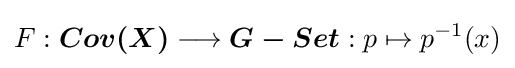
F:{\boldsymbol {Cov(X)}}\longrightarrow {\boldsymbol {G-Set}}:p\mapsto p^{-1}(x)